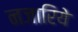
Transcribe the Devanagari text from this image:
नजारिये